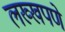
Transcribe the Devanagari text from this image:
लख्खपणे